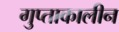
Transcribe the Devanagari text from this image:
गुप्ताकालीन